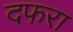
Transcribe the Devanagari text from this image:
दफरा